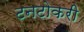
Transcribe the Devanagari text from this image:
टनटोकरी